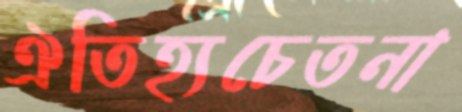
ঐতিহ্যচেতনা